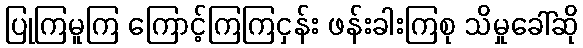
ပြုကြမူကြ ကြောင့်ကြကြငှန်း ဖန်းခါးကြစု သိမှုခေါ်ဆို